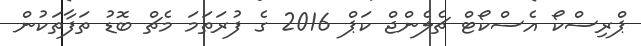
ޕްރިސްކޯ އެސްކޯޓް ޗެލެންޖް ކަޕް 2016 ގެ ފުރަތަމަ މެޗް ބޮޑު ތަފާތަކުން